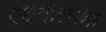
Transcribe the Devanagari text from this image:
ऱचनात्मक